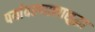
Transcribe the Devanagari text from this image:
पर्यावरणालासुद्धा